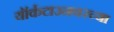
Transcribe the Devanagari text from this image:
यॉर्कटाउनवरच्या